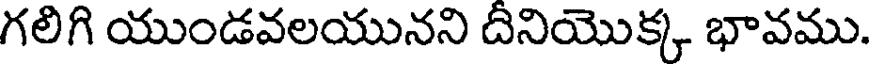
గలిగి యుండవలయునని దినియొక్క భావము.